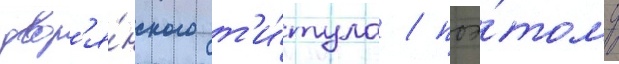
двор'я́нского т'и́тула / поэ́тому